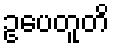
ဥပေတူတိ